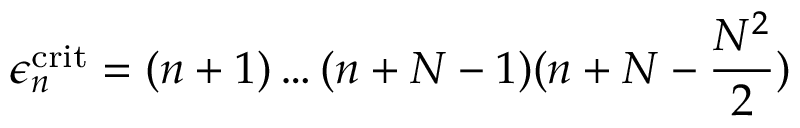
\epsilon _ { n } ^ { \mathrm { c r i t } } = ( n + 1 ) \dots ( n + N - 1 ) ( n + N - \frac { N ^ { 2 } } { 2 } )